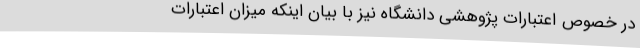
در خصوص اعتبارات پژوهشی دانشگاه نیز با بیان اینکه میزان اعتبارات